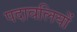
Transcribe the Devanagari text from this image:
पदावलियों